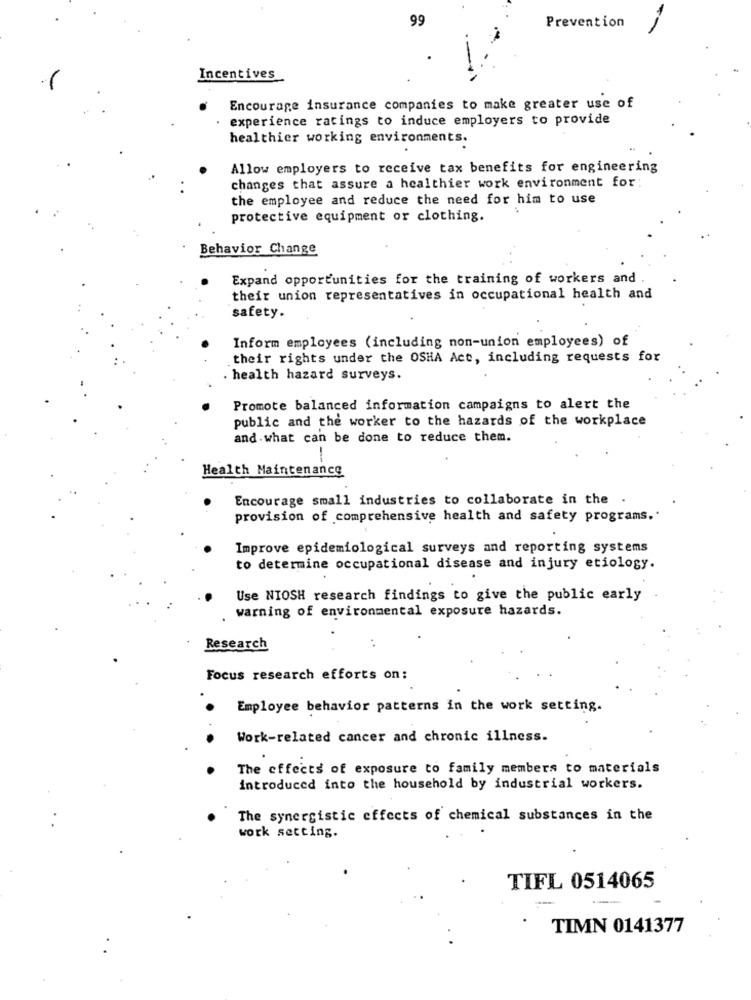
99
Prevention
Incentives
Encourage insurance companies to make greater use of
experience ratings to induce employers to provide
healthier working environments.
Allow employers to receive tax benefits for engineering
changes that assure a healthier work environment for:
the employee and reduce the need for him to use
protective equipment or clothing.
Behavior Change
Expand opportunities for the training of workers and
their union representatives in occupational health and
safety.
Inform employees (including non-union employees) of
.their rights under the OSHA Act, including requests for
. health hazard surveys.
Promote balanced information campaigns to alert the
public and the worker to the hazards of the workplace
and what can be done to reduce them.
Health Maintenance
Encourage small industries to collaborate in the
provision of comprehensive health and safety programs ..
Improve epidemiological surveys and reporting systems
to determine occupational disease and injury etiology.
Use NIOSH research findings to give the public early
warning of environmental exposure hazards.
Research
Focus research efforts on:
Employee behavior patterns in the work setting.
Work-related cancer and chronic illness.
The effects of exposure to family members to materials
introduced into the household by industrial workers.
The synergistic effects of chemical substances in the
work setting.
TIFL 0514065
TIMN 0141377